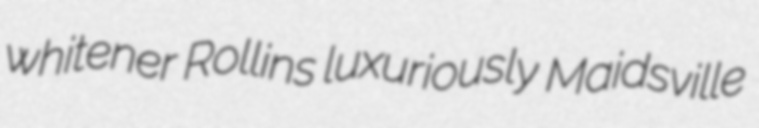
whitener Rollins luxuriously Maidsville